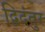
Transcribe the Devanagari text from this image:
द्विदंतुर